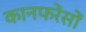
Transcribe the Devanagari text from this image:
कानफरेंसों